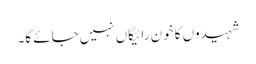
شہیدوں کا خون رائیگاں نہیں جائے گا۔